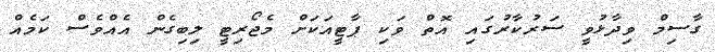
ގާސިމް ވިދާޅުވީ ސަރުކާރުގައި އޮތް ވަކި ޕާޓީއަކަށް މެޖޯރިޓީ ލިބިގެން އެއްވެސް ކަމެއް